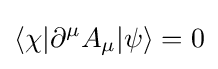
\langle \chi |\partial ^{\mu }A_{\mu }|\psi \rangle =0